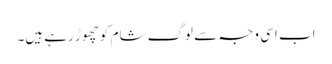
اب اسی وجہ سے لوگ شام کو چھوڑ رہے ہیں۔